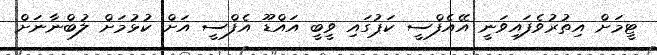
ޓީމަށް އިތުރުވެފައިވަނީ އޭއެފްސީ ކަޕުގައި ވީބީ އައްޑޫ އެފްސީ އަށް ކުޅުމަށް ލުބްނާނަށް